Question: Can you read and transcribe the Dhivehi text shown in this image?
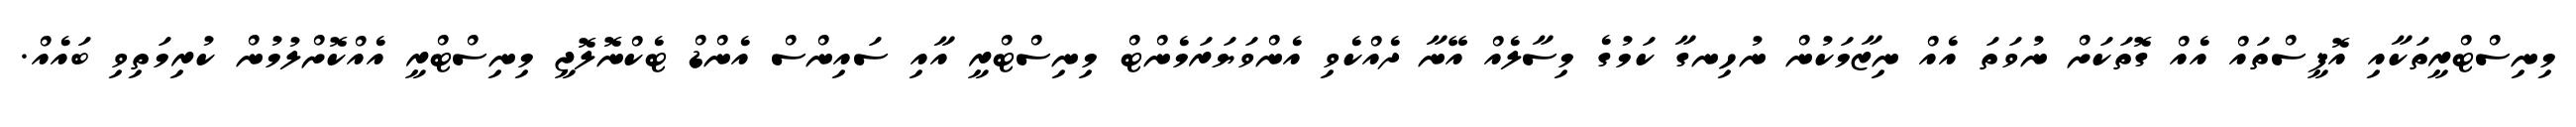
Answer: މިނިސްޓްރީތަކާއި އޮފީސްތައް އެއް ގޮތަކަށް ނުވަތަ އެއް ނިޒާމަކުން ނުހިނގާ ކަމުގެ މިސާލެއް އޭނާ ދެއްކެވި އެންވަޔަރަމެންޓް މިނިސްޓްރީ އާއި ސައިންސް އެންޑް ޓެކްނޮލޮޖީ މިނިސްޓްރީ އެއްކޮށްލުމުން ކުރިމަތިވި ބައެއް.